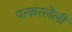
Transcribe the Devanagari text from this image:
पत्करलेली